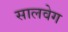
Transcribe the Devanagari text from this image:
सालवेग